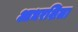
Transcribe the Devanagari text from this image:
आधरशिला